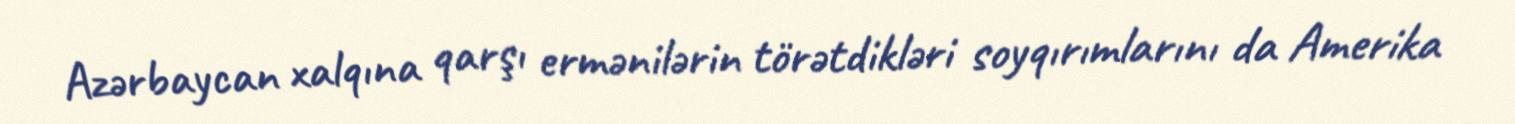
Azərbaycan xalqına qarşı ermənilərin törətdikləri soyqırımlarını da Amerika